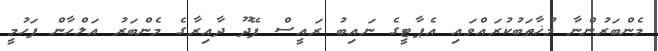
މެންބަރުންނާ މުޚާޠަބުކުރައްވައި އެޕާޓީގެ ނައިބު ރައީސް ފޭދޫ ދާއިރާގެ މެންބަރު އަލްހާން ފަހުމީ